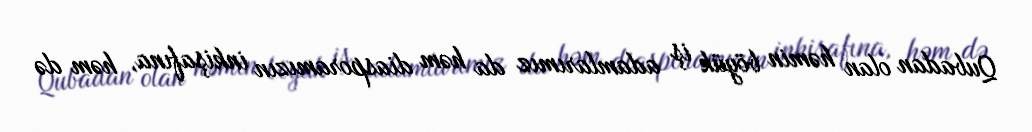
Qubadan olan həmin böyük iş adamlarımız da həm diasporamızın inkişafına, həm də